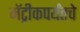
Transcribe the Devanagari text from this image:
मॅट्रीकपर्यंतचे